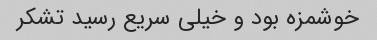
خوشمزه بود و خیلى سریع رسید تشکر